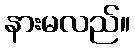
နားမလည်။